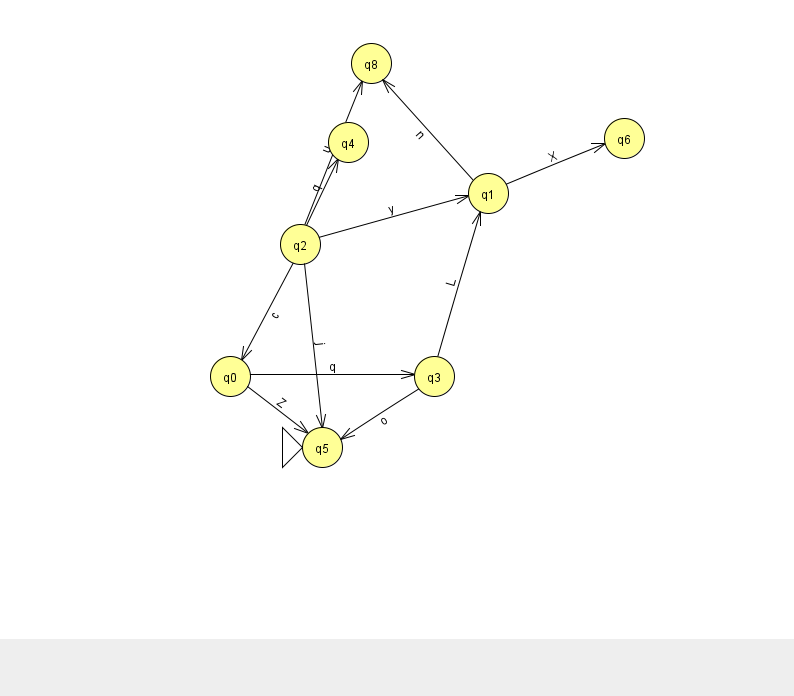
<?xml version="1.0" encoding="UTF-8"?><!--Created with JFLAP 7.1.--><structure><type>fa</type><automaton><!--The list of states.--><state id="0" name="q0"><x>230.0</x><y>363.0</y></state><state id="1" name="q1"><x>488.0</x><y>180.0</y></state><state id="2" name="q2"><x>300.0</x><y>231.0</y></state><state id="3" name="q3"><x>434.0</x><y>363.0</y></state><state id="4" name="q4"><x>348.0</x><y>129.0</y></state><state id="5" name="q5"><x>322.0</x><y>434.0</y><initial/></state><state id="6" name="q6"><x>624.0</x><y>125.0</y></state><state id="8" name="q8"><x>371.0</x><y>50.0</y></state><!--The list of transitions.--><transition><from>1</from><to>8</to><read>n</read></transition><transition><from>2</from><to>0</to><read>c</read></transition><transition><from>0</from><to>3</to><read>q</read></transition><transition><from>0</from><to>5</to><read>Z</read></transition><transition><from>1</from><to>6</to><read>X</read></transition><transition><from>2</from><to>5</to><read>j</read></transition><transition><from>3</from><to>5</to><read>o</read></transition><transition><from>2</from><to>4</to><read>q</read></transition><transition><from>2</from><to>8</to><read>u</read></transition><transition><from>2</from><to>1</to><read>y</read></transition><transition><from>3</from><to>1</to><read>L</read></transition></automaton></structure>